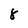
Character: 8